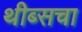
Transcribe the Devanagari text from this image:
थीब्सचा